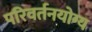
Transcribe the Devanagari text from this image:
परिवर्तनयोग्य